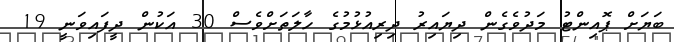
ބަޔަށް ޕޮއިންޓު މަދުވެގެން ދިޔައިރު ދިރިއުޅުމުގެ ހާލަތަށްވެސް 30 އަކުން ދީފައިވަނީ 19